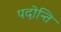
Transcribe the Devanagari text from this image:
पदोन्ति